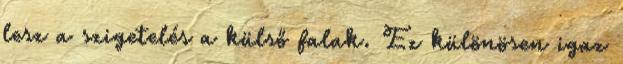
lesz a szigetelés a külső falak. Ez különösen igaz